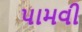
પામવી